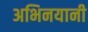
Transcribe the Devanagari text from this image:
अभिनयानी